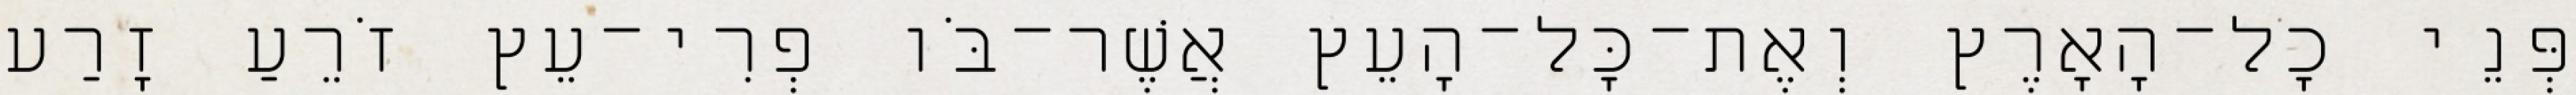
פְּנֵי כָל־הָאָרֶץ וְאֶת־כָּל־הָעֵץ אֲשֶׁר־בֹּו פְרִי־עֵץ זֹרֵעַ זָרַע